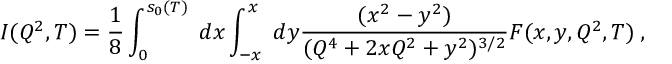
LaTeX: I ( Q ^ { 2 } , T ) = \frac { 1 } { 8 } \int _ { 0 } ^ { s _ { 0 } ( T ) } \; d x \int _ { - x } ^ { x } \; d y \frac { ( x ^ { 2 } - y ^ { 2 } ) } { ( Q ^ { 4 } + 2 x Q ^ { 2 } + y ^ { 2 } ) ^ { 3 / 2 } } F ( x , y , Q ^ { 2 } , T ) \; ,